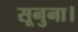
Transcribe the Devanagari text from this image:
सूनुना।